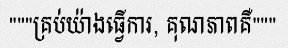
"""គ្រប់យ៉ាងធ្វើការ, គុណភាពគឺ"""